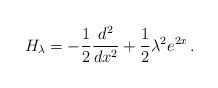
\begin{align*} H_{\lambda} = -\frac{1}{2} \frac{d^2}{dx^2} + \frac{1}{2} \lambda^2 e^{2x}\,.\end{align*}